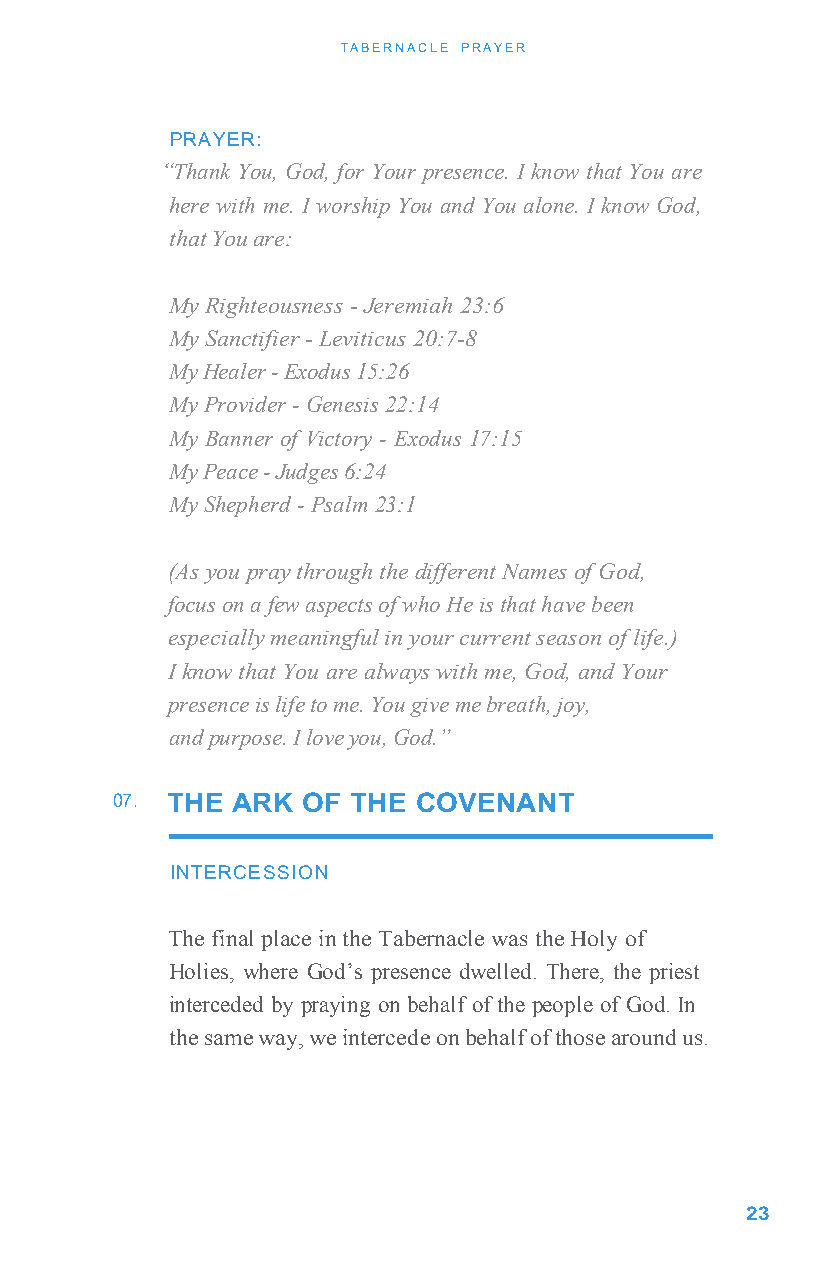
TABERNACLE PRAYER
 PRAYER:
 “Thank You, God, for Your presence. I know that You are
 here with me. I worship You and You alone. I know God,
 that You are:
 My Righteousness - Jeremiah 23:6
 My Sanctifier - Leviticus 20:7-8
 My Healer - Exodus 15:26
 My Provider - Genesis 22:14
 My Banner of Victory - Exodus 17:15
 My Peace - Judges 6:24
 My Shepherd - Psalm 23:1
 (As you pray through the different Names of God,
 focus on a few aspects of who He is that have been
 especially meaningful in your current season of life.)
 I know that You are always with me, God, and Your
 presence is life to me. You give me breath, joy,
 and purpose. I love you, God.”
 07. THE ARK  OF THE  COVENANT
 INTERCESSION
 The final place in the Tabernacle was the Holy of
 Holies, where God’s presence dwelled. There, the priest
 interceded by praying on behalf of the people of God. In
 the same way, we intercede on behalf of those around us.
 23